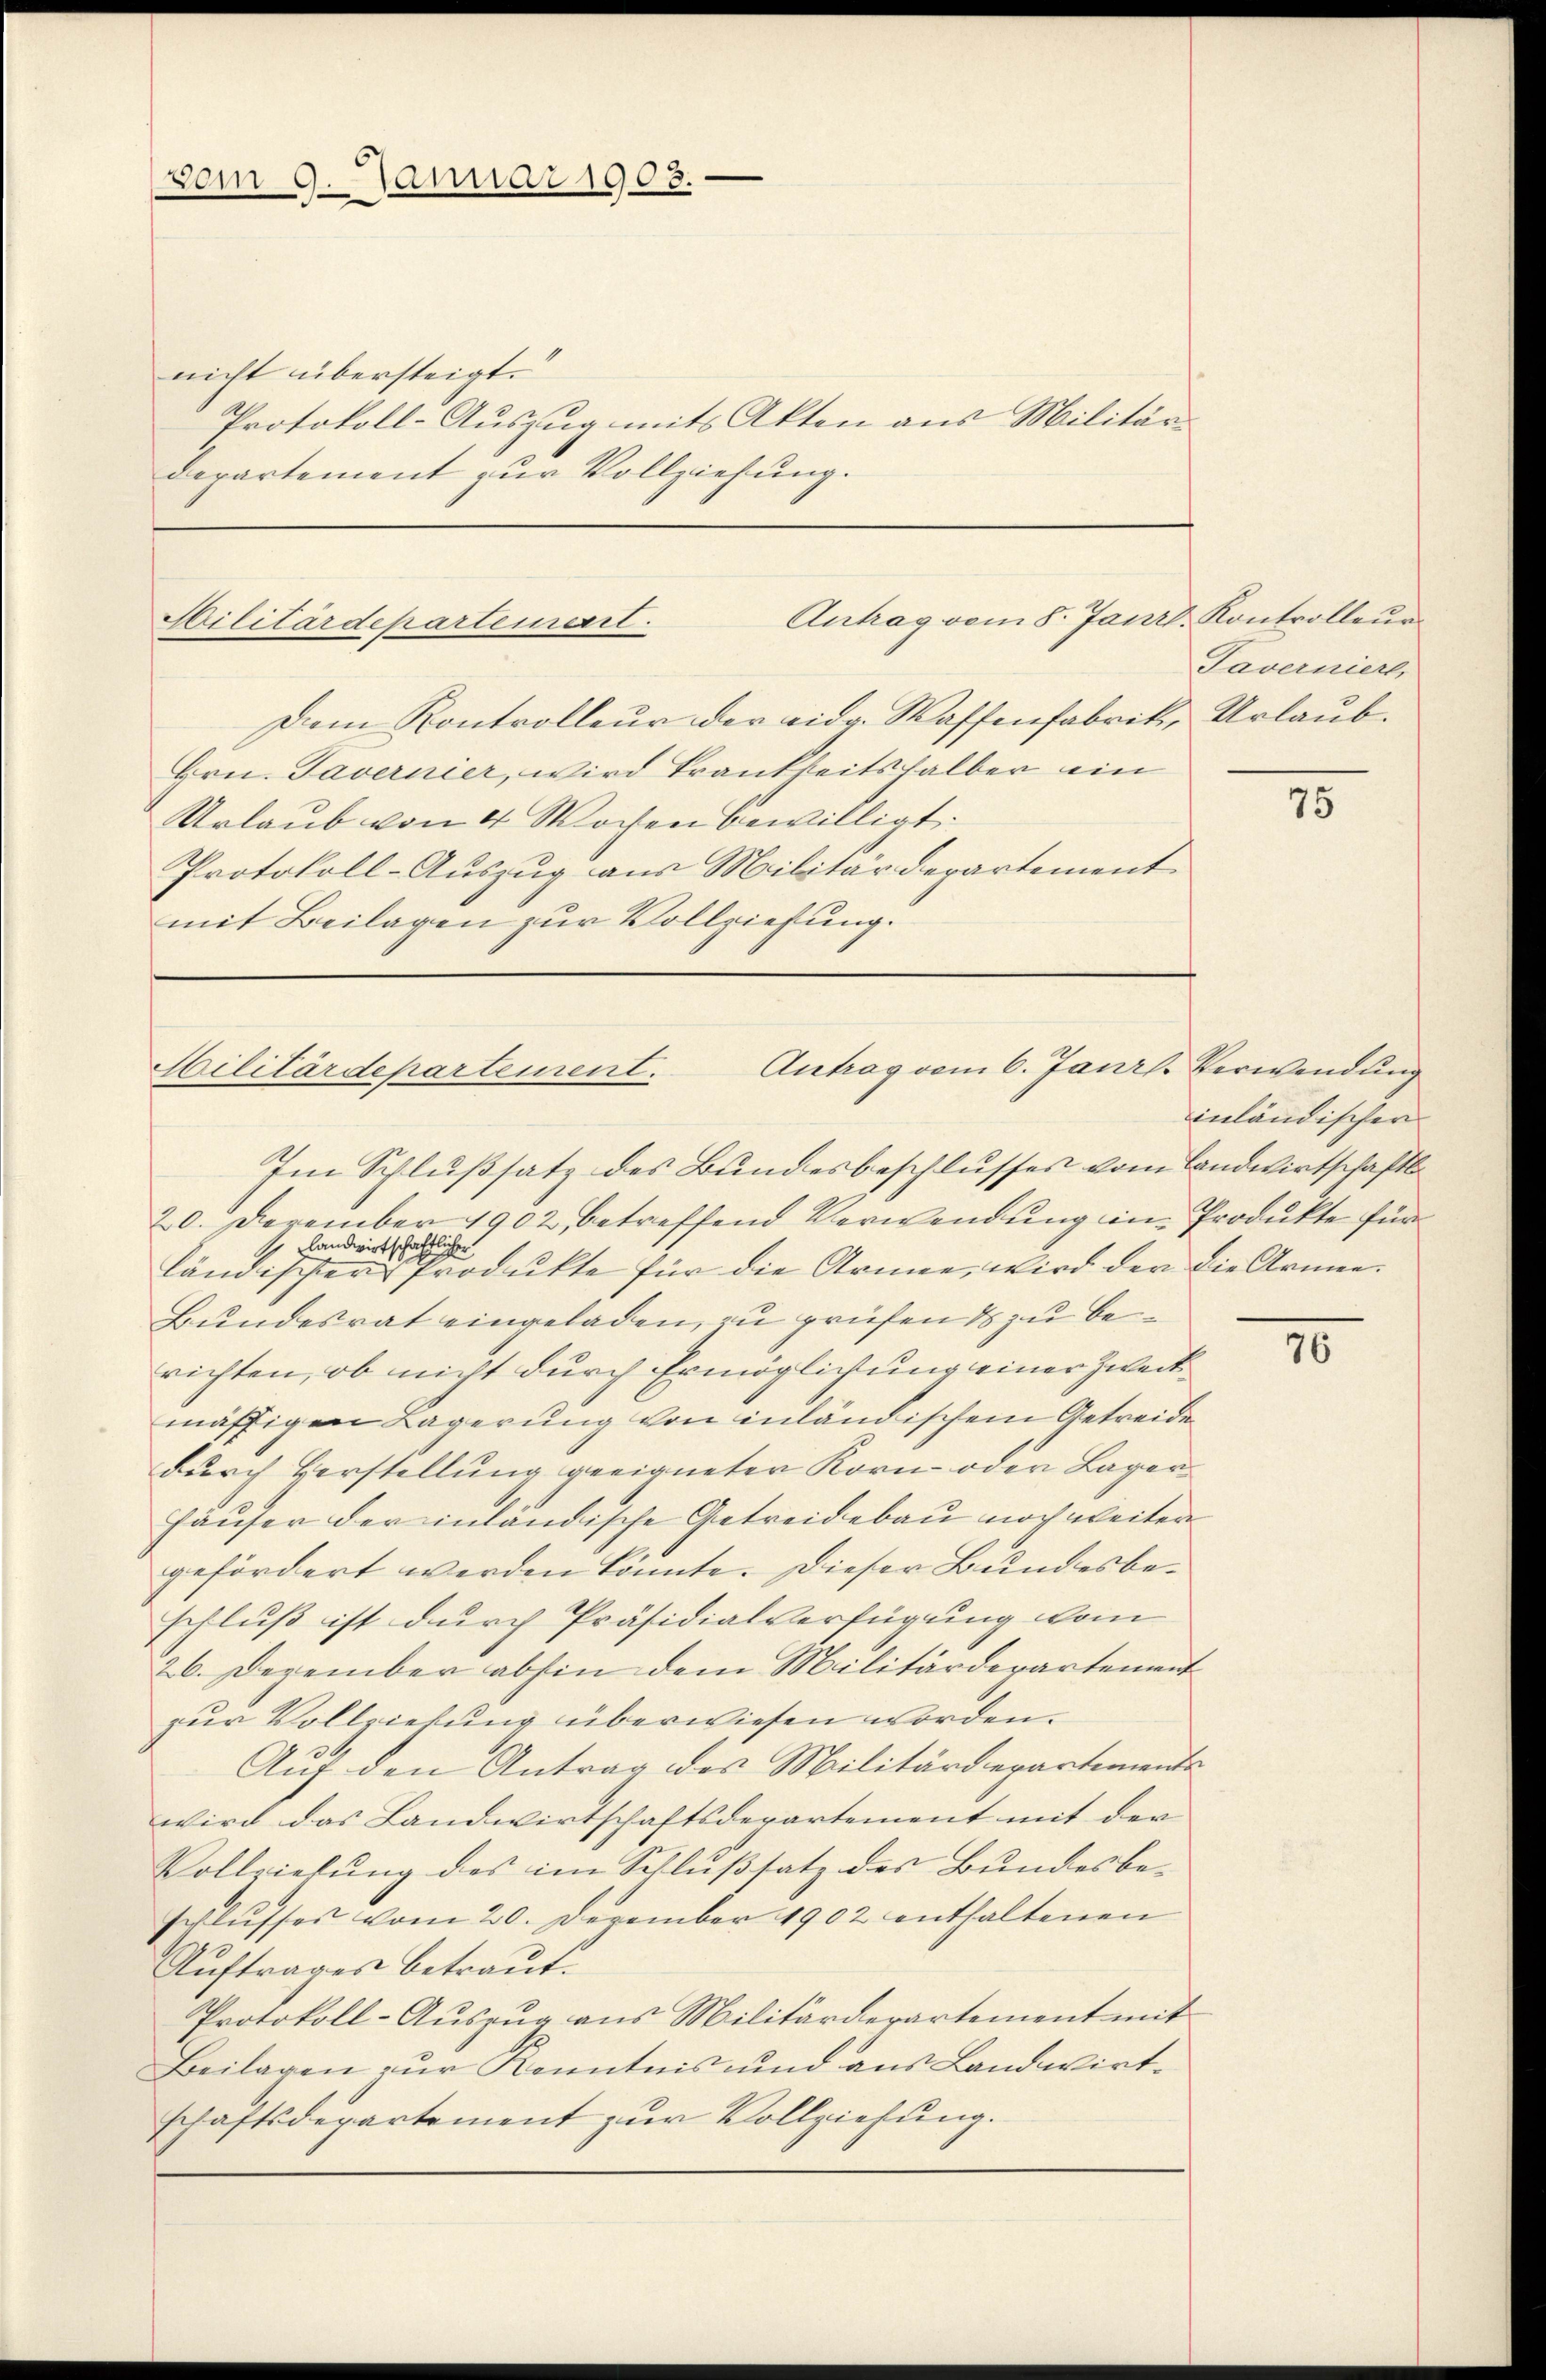
vom 9. Januar 1908.

nicht übersteigt.
Protokoll-Auszug mit Akten aus Militär-
departement zur Vollziehung.

Antrag vom 8. Janr. Kontrolleur
Cilitärdepartement.
Dim Kontrolleur der eidg. Waffenfabrik, Urlaub¬

Hrn. Tavernier, wird Frankheitshalber ein
Urlaub von 4 Wochen bewilligt.
Protokoll-Auszug aus Militärdepartement
mit Beilagen zur Vollziehung.

Antrag vom 6. Janis. Verwendung
Militärdepartement.
Im Schlußsatz des Bundesbeschlusses vom Landwirtschafts¬

Taverniert,

20. Dezember 1902 betreffend Verwendung ein Produkte für
 Landwirtschaftlichen
ländischer Produkte für die Arme, wird der die Armee.
Bundesrat eingeladen, zu prüfends zu berichten, ob nicht durch Ermöglichung einer Zweck
mäsigen Lagerung von inländischem Getreide
durch Verstellung geeigneter Korn- oder Lager¬
Häuser der inländische Getreidebau noch weiter
gefördert werden könnte. Dieser Bundesbeschluß ist durch Präsidialverfügung vom
26. Dezember abhin dem Militärdepartement
zur Vollziehung überwiesen worden.
Auf den Antrag des Militärdepartements
wird das Landwirtschaftsdepartement mit der
Vollziehung des im Schlußsatz des Bundesbeschlusses vom 20. Dezember 1902 enthaltenen
Auftrages betraut.
Protokoll-Auszug aus Militärderartement mit
Beilagen zur Kenntnis und aus Landwirtschaftsdepartement zur Vollziehung.

75

inländischen

76